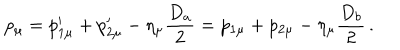
LaTeX: p _ { \mu } = p _ { 1 \mu } ^ { \prime } + p _ { 2 \mu } ^ { \prime } - \eta _ { \mu } \frac { D _ { a } } { 2 } = p _ { 1 \mu } + p _ { 2 \mu } - \eta _ { \mu } \frac { D _ { b } } { 2 } \, .